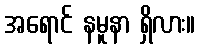
အရောင် နမူနာ ရှိလား။